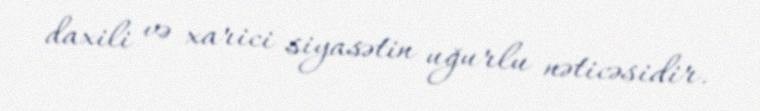
daxili və xarici siyasətin uğurlu nəticəsidir.